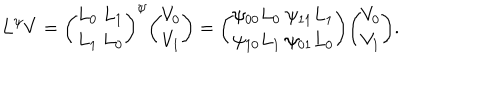
L ^ { \psi } V = { \binom { L _ { 0 } \ L _ { 1 } } { L _ { 1 } \ L _ { 0 } } } ^ { \psi } { \binom { V _ { 0 } } { V _ { 1 } } } = { \binom { \psi _ { 0 0 } L _ { 0 } \ \psi _ { 1 1 } L _ { 1 } } { \psi _ { 1 0 } L _ { 1 } \ \psi _ { 0 1 } L _ { 0 } } } { \binom { V _ { 0 } } { V _ { 1 } } } .